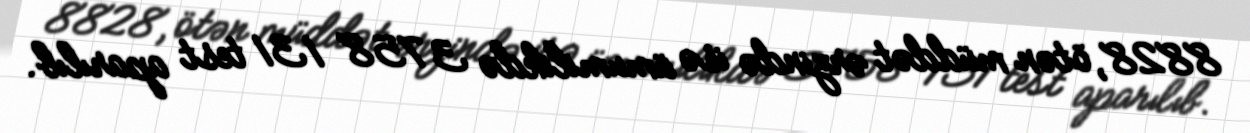
8828, ötən müddət ərzində isə ümumilikdə 3 758 131 test aparılıb.